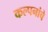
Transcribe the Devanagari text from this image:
कल्‍पनांचे